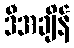
ဒီအချိန်